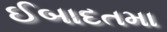
ઈબાદતમા